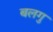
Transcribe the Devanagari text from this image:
बलगु